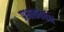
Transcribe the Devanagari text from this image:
प्रभाकवर्धन